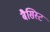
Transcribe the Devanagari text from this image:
बैसिस्ट